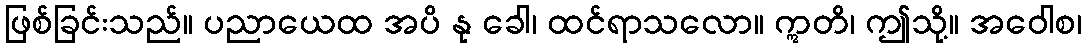
ဖြစ်ခြင်းသည်။ ပညာယေထ အပိ နု ခေါ၊ ထင်ရာသလော။ ဣတိ၊ ဤသို့။ အဝေါစ၊